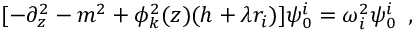
[ - \partial _ { z } ^ { 2 } - m ^ { 2 } + \phi _ { k } ^ { 2 } ( z ) ( h + \lambda r _ { i } ) ] \psi _ { 0 } ^ { i } = \omega _ { i } ^ { 2 } \psi _ { 0 } ^ { i } \, \ ,